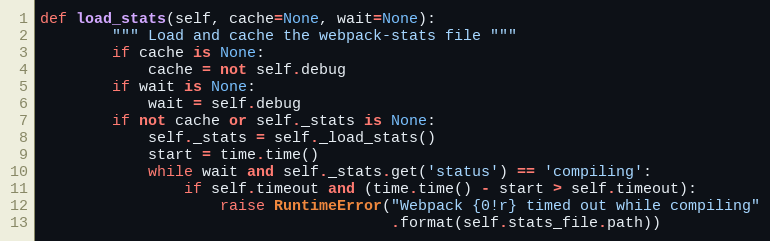
Language: Python
def load_stats(self, cache=None, wait=None):
        """ Load and cache the webpack-stats file """
        if cache is None:
            cache = not self.debug
        if wait is None:
            wait = self.debug
        if not cache or self._stats is None:
            self._stats = self._load_stats()
            start = time.time()
            while wait and self._stats.get('status') == 'compiling':
                if self.timeout and (time.time() - start > self.timeout):
                    raise RuntimeError("Webpack {0!r} timed out while compiling"
                                       .format(self.stats_file.path))